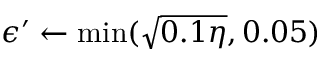
\epsilon ^ { \prime } \gets \operatorname* { m i n } ( \sqrt { 0 . 1 \eta } , 0 . 0 5 )